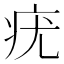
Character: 疣